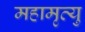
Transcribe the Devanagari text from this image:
महामृत्यु